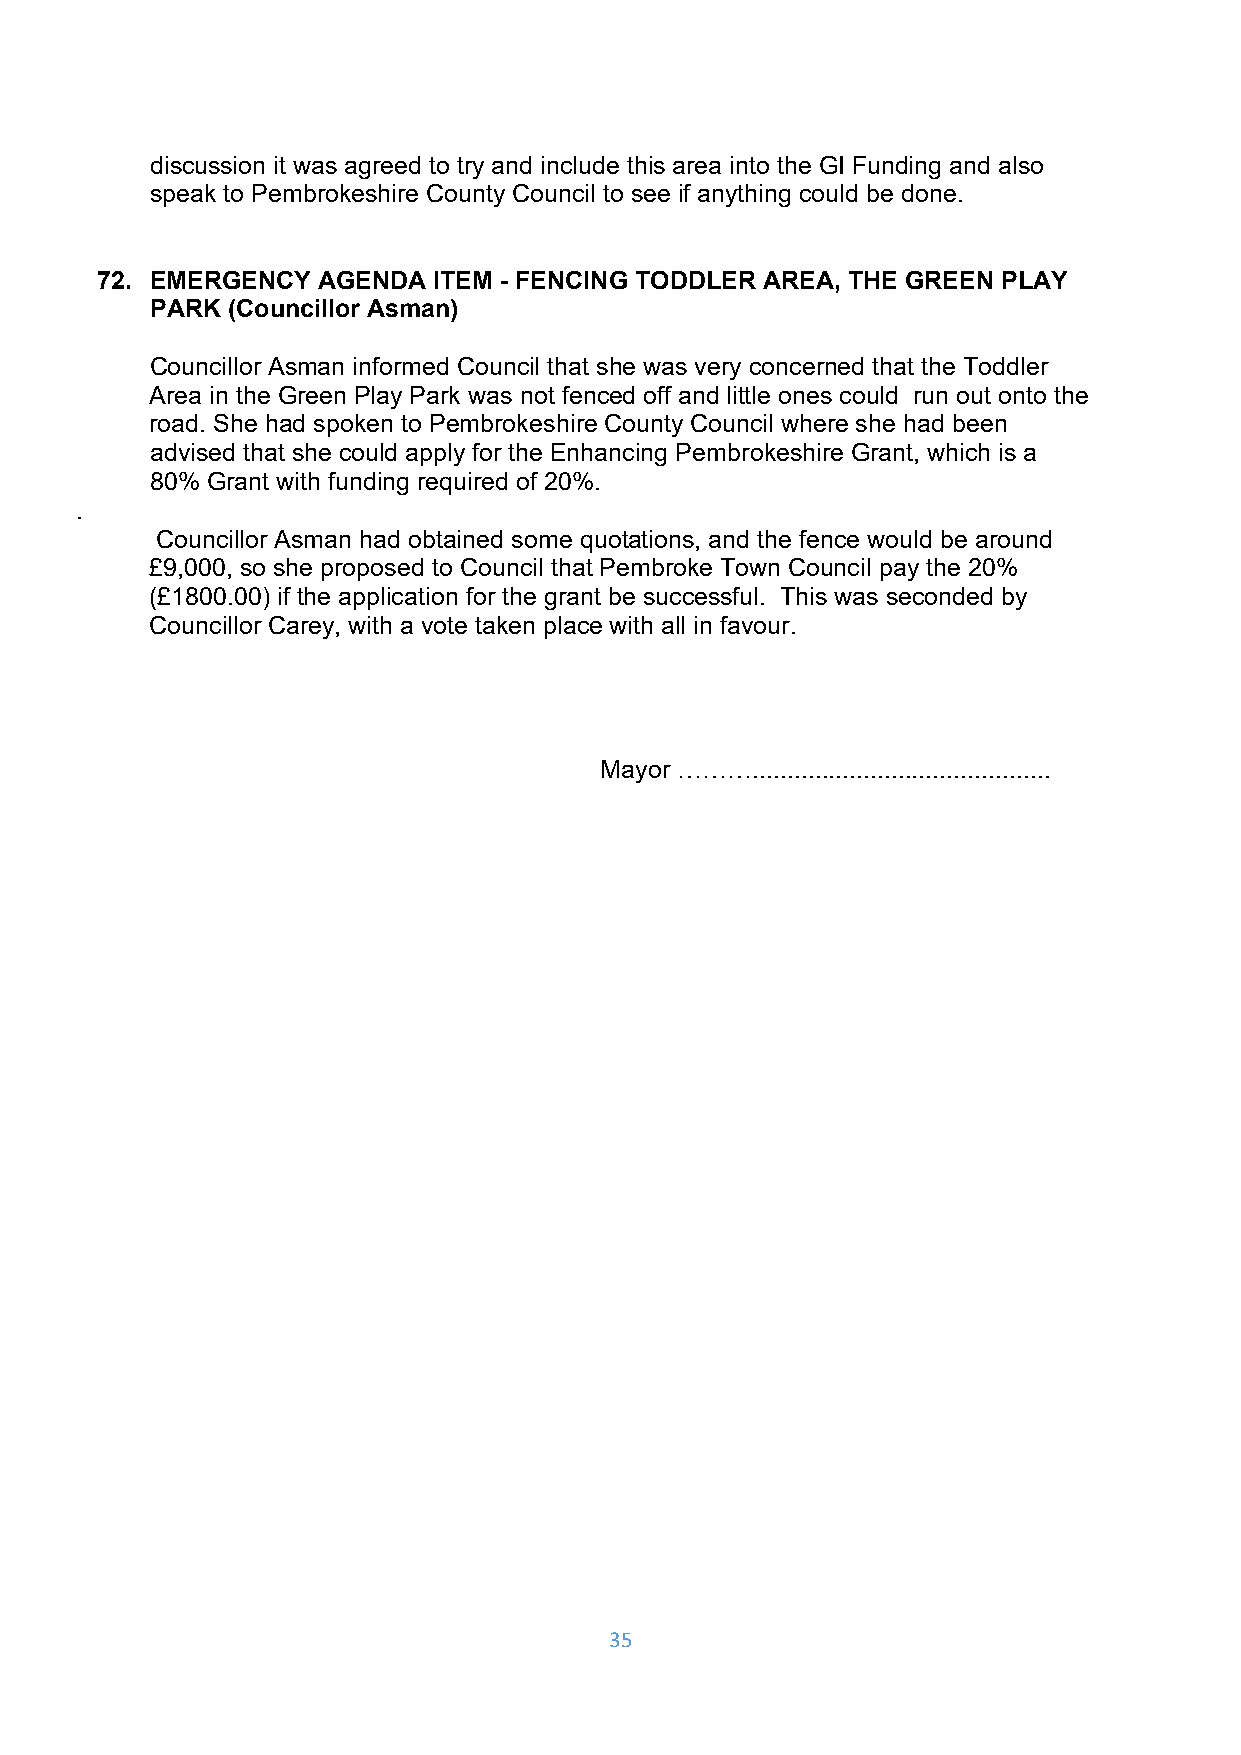
discussion it was agreed to try and include this area into the GI Funding and also
 speak to Pembrokeshire County Council to see if anything could be done.
 72. EMERGENCY  AGENDA  ITEM - FENCING TODDLER AREA, THE GREEN PLAY
 PARK (Councillor Asman)
 Councillor Asman informed Council that she was very concerned that the Toddler
 Area in the Green Play Park was not fenced off and little ones could run out onto the
 road. She had spoken to Pembrokeshire County Council where she had been
 advised that she could apply for the Enhancing Pembrokeshire Grant, which is a
 80% Grant with funding required of 20%.
 .
 Councillor Asman had obtained some quotations, and the fence would be around
 £9,000, so she proposed to Council that Pembroke Town Council pay the 20%
 (£1800.00) if the application for the grant be successful. This was seconded by
 Councillor Carey, with a vote taken place with all in favour.
 Mayor ………...........................................
 35